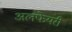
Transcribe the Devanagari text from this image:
अलफेयरी